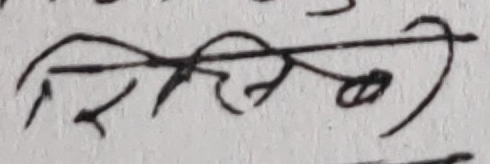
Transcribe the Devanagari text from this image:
शिलिखियी